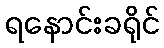
ရနောင်းခရိုင်